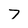
Character: 7